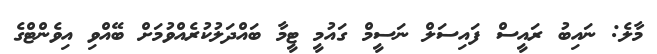
މާލެ: ނައިބު ރައީސް ފައިސަލް ނަސީމް ގައުމީ ޓީމާ ބައްދަލުކުރެއްވުމަށް ބޭއްވި އިވެންޓްގެ